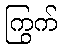
ကြွက်